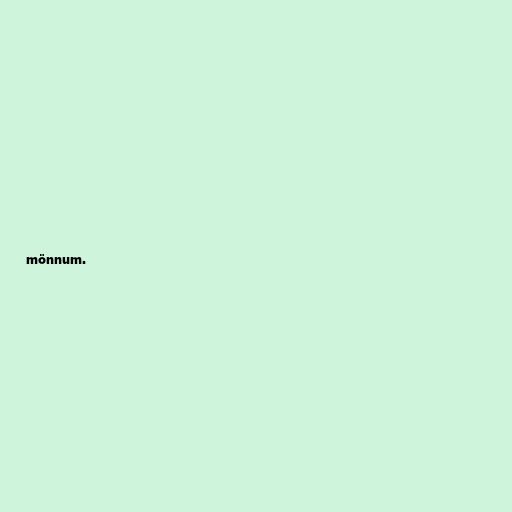
mönnum.